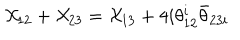
{ \cal X } _ { 1 2 } + { \cal X } _ { 2 3 } = { \cal X } _ { 1 3 } + 4 i \theta _ { 1 2 } ^ { i } \bar { \theta } _ { 2 3 i }